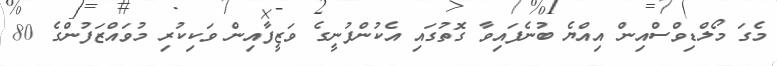
މެގަ މޯލްޑިވްސްއިން އިއްޔެ ބުނެފައިވާ ގޮތުގައި އެކުންފުނީގެ ވަޒީފާއިން ވަކިކުރި މުވައްޒަފުންގެ 80